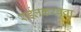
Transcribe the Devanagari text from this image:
राईलकरबुवा